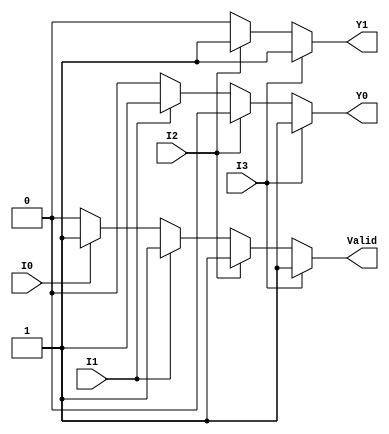
module encoder_4to2 (
    input wire I0,  // Input 0
    input wire I1,  // Input 1
    input wire I2,  // Input 2
    input wire I3,  // Input 3
    output reg Y1,  // Output 1
    output reg Y0,  // Output 0
    output reg Valid // Valid signal
);

    always @(*) begin
        // Default values
        Y1 = 1'b0;
        Y0 = 1'b0;
        Valid = 1'b0;

        // Check inputs in priority order (I3 > I2 > I1 > I0)
        if (I3) begin
            Y1 = 1'b1;
            Y0 = 1'b1;
            Valid = 1'b1;
        end else if (I2) begin
            Y1 = 1'b1;
            Y0 = 1'b0;
            Valid = 1'b1;
        end else if (I1) begin
            Y1 = 1'b0;
            Y0 = 1'b1;
            Valid = 1'b1;
        end else if (I0) begin
            Y1 = 1'b0;
            Y0 = 1'b0;
            Valid = 1'b1;
        end
    end
endmodule